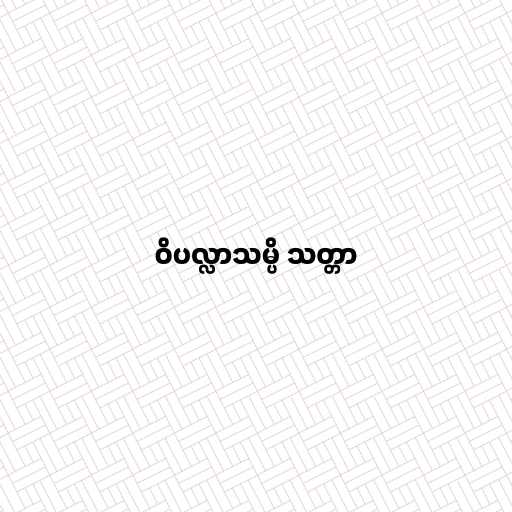
ဝိပလ္လာသမ္ပိ သတ္တာ